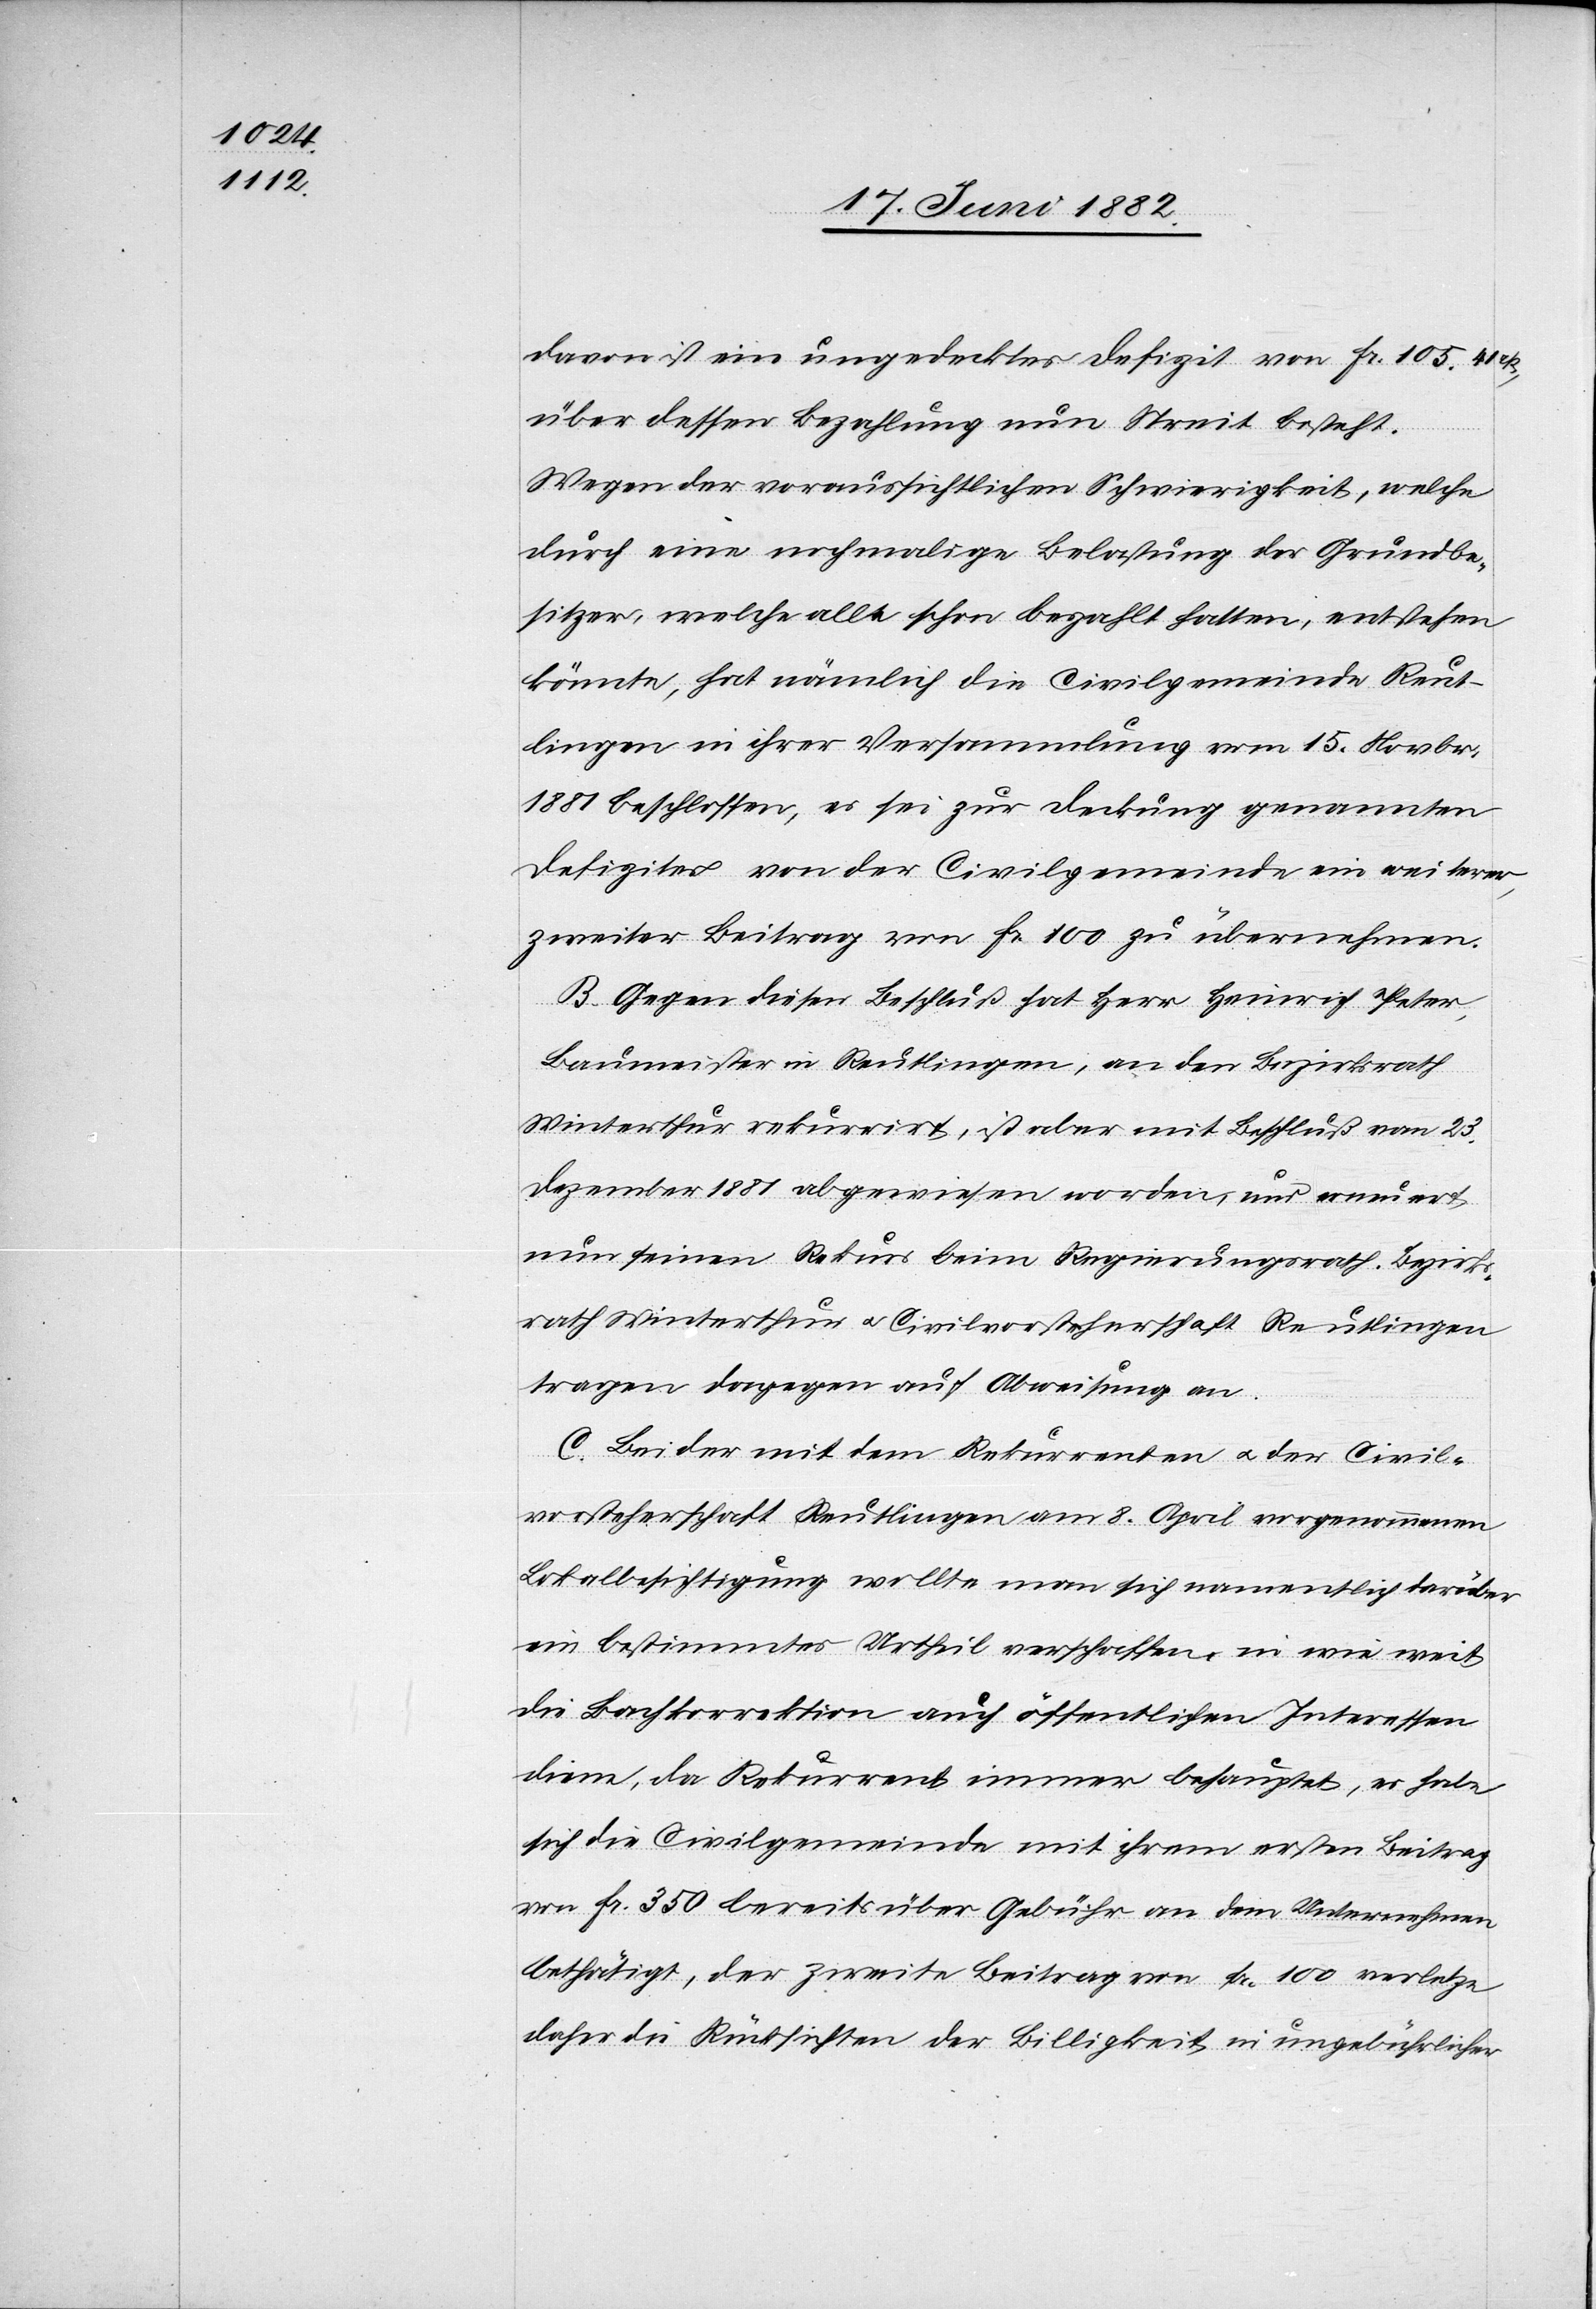
davon ist ein ungedecktes Defizit von Fr. 105 41
über dessen Bezahlung nun Streit besteht.
Wegen der voraussichtlichen Schwierigkeiten, welche
durch eine nochmalige Belastung der Grundbe¬
sitzer, welche alle schon bezahlt hatten, entstehen
könnte[n], hat nämlich die Civilgemeinde Reut¬
lingen in ihrer Versammlung vom 15. Novbr.
1881 beschlossen, es sei zur Deckung genannten
Defizits von der Civilgemeinde ein weiterer,
zweiter Beitrag von Fr. 100 zu übernehmen.
B. Gegen diesen Beschluß hat Herr Heinrich Peter,
Baumeister in Reutlingen, an den Bezirksrath
Winterthur rekurrirt, ist aber mit Beschluß vom 23.
Dezember 1881 abgewiesen worden, und erneuert
nun seinen Rekurs beim Regierungsrath. Bezirks¬
rath Winterthur u. Civilvorsteherschaft Reutlingen
tragen dagegen auf Abweisung an.
C. Bei der mit dem Rekurrenten u. der Civil¬
vorsteherschaft Reutlingen am 8. April vorgenommenen
Lokalbesichtigung wollte man sich namentlich darüber
ein bestimmtes Urtheil verschaffen, in wie weit
die Bachkorrektion auch öffentlichen Interessen
diene, da Rekurrent immer behauptet, es habe
sich die Civilgemeinde mit ihrem ersten Beitrag
von Fr. 350 bereits über Gebühr an dem Unternehmen
bethätigt, der zweite Beitrag von Fr. 100 verletze
daher die Rücksichten der Billigkeit in ungebührlicher